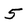
Character: 5